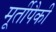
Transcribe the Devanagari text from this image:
मूर्तीपैकी